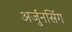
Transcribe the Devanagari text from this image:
अर्जुनसिंग